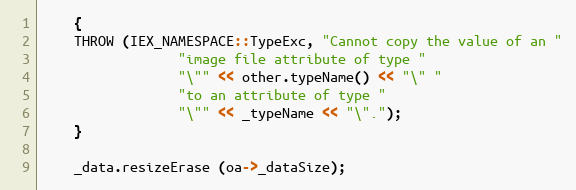
Language: C++
    {
	THROW (IEX_NAMESPACE::TypeExc, "Cannot copy the value of an "
			     "image file attribute of type "
			     "\"" << other.typeName() << "\" "
			     "to an attribute of type "
			     "\"" << _typeName << "\".");
    }

    _data.resizeErase (oa->_dataSize);